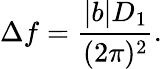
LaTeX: \Delta f=\frac{|b|D_{1}}{(2\pi)^{2}}.